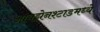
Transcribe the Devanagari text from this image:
आयझेनश्टाडमध्ये